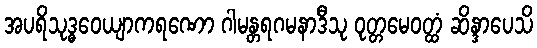
အပရိသုဒ္ဓဝေယျာကရဏော ဂါမန္တရဂမနာဒီသု ဝုတ္တမေဝတ္ထံ ဆိန္ဒာပေသိ